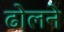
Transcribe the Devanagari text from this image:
ढोलने